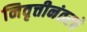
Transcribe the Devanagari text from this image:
निवृत्तीनंतरचे